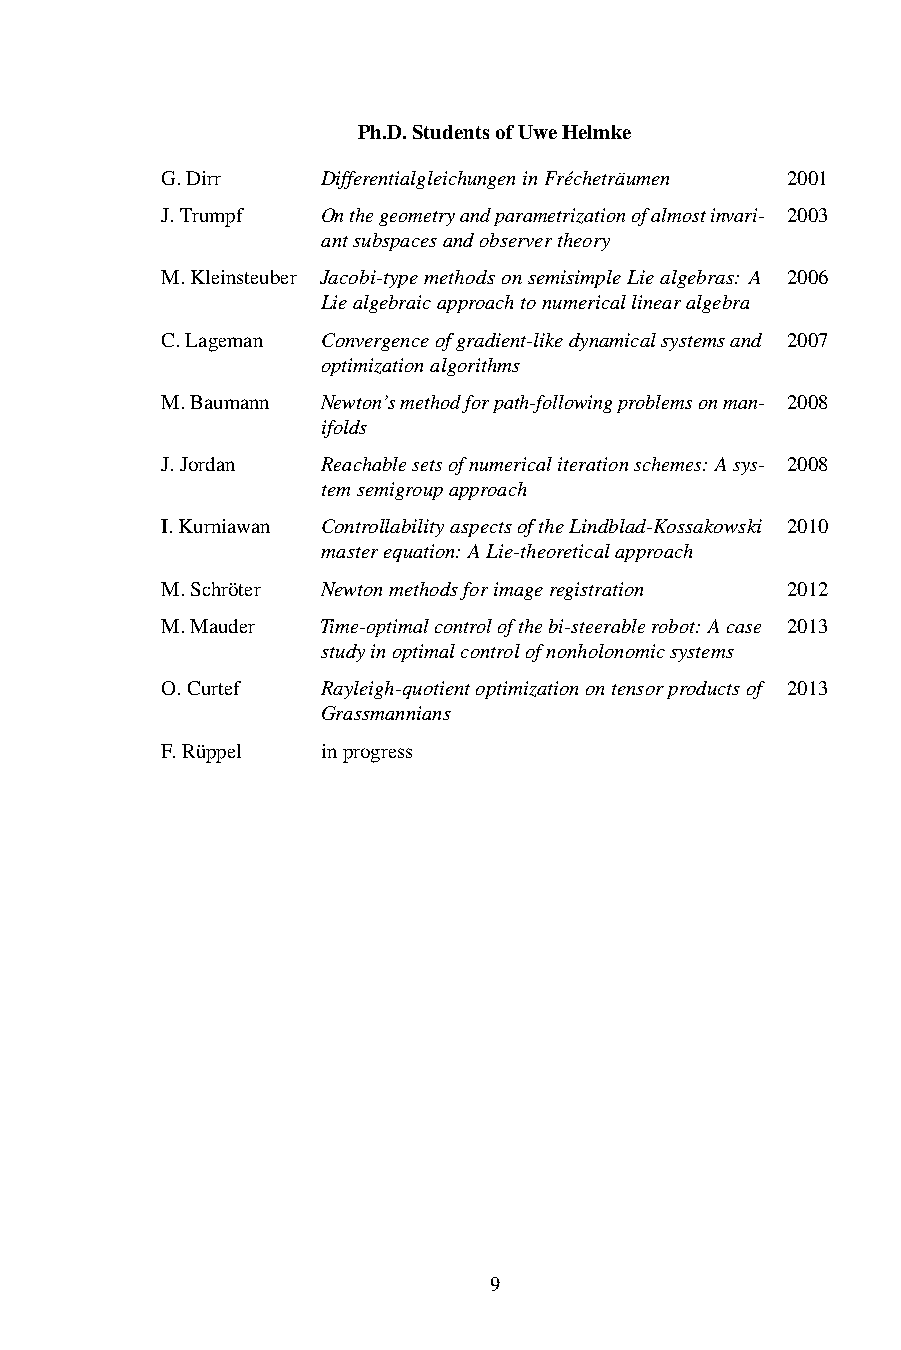
Ph.D.StudentsofUweHelmke
 G.Dirr    DifferentialgleichungeninFrécheträumen 2001
 J.Trumpf  Onthegeometryandparametrizationofalmostinvari- 2003
 antsubspacesandobservertheory
 M.Kleinsteuber Jacobi-typemethodsonsemisimpleLiealgebras: A 2006
 Liealgebraicapproachtonumericallinearalgebra
 C.Lageman Convergenceofgradient-likedynamicalsystemsand 2007
 optimizationalgorithms
 M.Baumann Newton’smethodforpath-followingproblemsonman- 2008
 ifolds
 J.Jordan  Reachablesetsofnumericaliterationschemes: Asys- 2008
 temsemigroupapproach
 I.Kurniawan ControllabilityaspectsoftheLindblad-Kossakowski 2010
 masterequation: ALie-theoreticalapproach
 M.Schröter Newtonmethodsforimageregistration 2012
 M.Mauder  Time-optimalcontrolofthebi-steerablerobot: Acase 2013
 studyinoptimalcontrolofnonholonomicsystems
 O.Curtef  Rayleigh-quotientoptimizationontensorproductsof 2013
 Grassmannians
 F.Rüppel  inprogress
 9